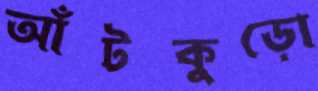
আঁটকুড়ো